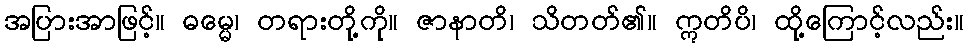
အပြားအာဖြင့်။ ဓမ္မေ၊ တရားတို့ကို။ ဇာနာတိ၊ သိတတ်၏။ ဣတိပိ၊ ထို့ကြောင့်လည်း။